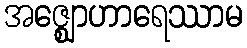
အဇ္ဈောဟာရေဿာမ